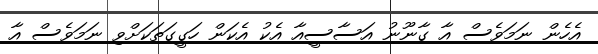
އެހެން ނަމަވެސް އާ ގާނޫނު އަސާސީއާ އެކު އެކަން ހަގީގަތަކަށްވި ނަމަވެސް އާ